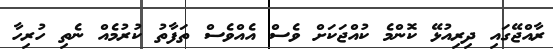
ރާއްޖޭގައި ދިރިއުޅޭ ކޮންމެ ކުއްޖަކަށް ވެސް އެއްވެސް ތަފާތު ކުރުމެއް ނެތި ހުރިހާ